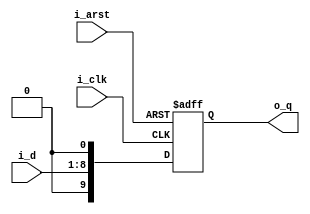
module multi_p2_ext2
#(
	parameter	D_WIDTH	= 8
)
(
	input	i_arst,
	input	i_clk,
	
	input	[D_WIDTH-1:0]i_d,
	output	[D_WIDTH+2-1:0]o_q
);

reg		[D_WIDTH+2-1:0]r_q_1P;

wire	[D_WIDTH+2-1:0]w_d_0P;

assign	w_d_0P	= {1'b0, i_d, 1'b0};

always@(posedge i_arst or posedge i_clk)
begin
	if (i_arst)
		r_q_1P	<= {D_WIDTH+2{1'b0}};
	else
		r_q_1P	<= w_d_0P;
end

assign	o_q	= r_q_1P;

endmodule